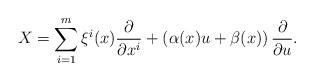
LaTeX: \begin{align*}X = \sum_{i=1}^m \xi^i(x) \frac{\partial}{\partial x^i} + \left(\alpha(x) u + \beta(x)\right) \frac{\partial}{\partial u}.\end{align*}